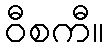
ဝီစကီ။